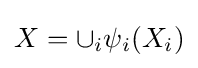
X=\cup _{i}\psi _{i}(X_{i})